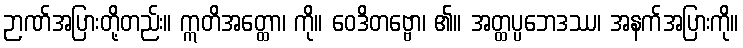
ဉာဏ်အပြားတို့တည်း။ ဣတိအတ္ထော၊ ကို။ ဝေဒိတဗ္ဗော၊ ၏။ အတ္ထပ္ပဘေဒဿ၊ အနက်အပြားကို။